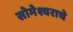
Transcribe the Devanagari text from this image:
सोमेश्वराचे